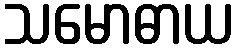
သမောဓာယ